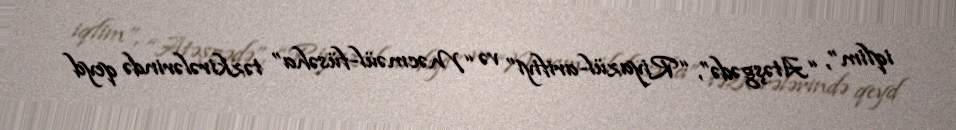
iqlim”, “Atəşgədə”, “Riyazül-arifiyi” və “Məcməül-füsəha” təzkirələrində qeyd